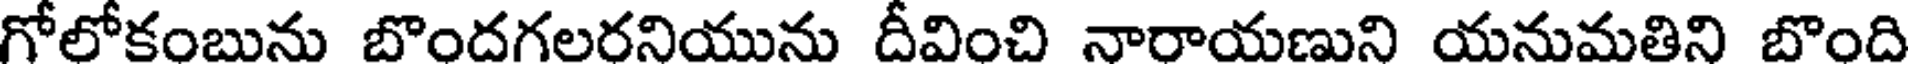
గోలోకంబును బొందగలరనియును దీవించి నారాయణుని యనుమతిని బొంది